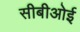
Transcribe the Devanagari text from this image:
सीबीओई